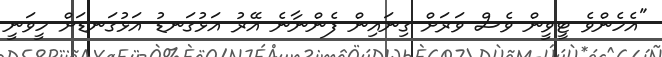
"އެހެންވެ ޓީވީން ވެސް ވަރަށް ގިނައިން ފެންނާނެ އޭރު އަޅުގަނޑު އަޅުގަނޑަށް ހީވަނީ